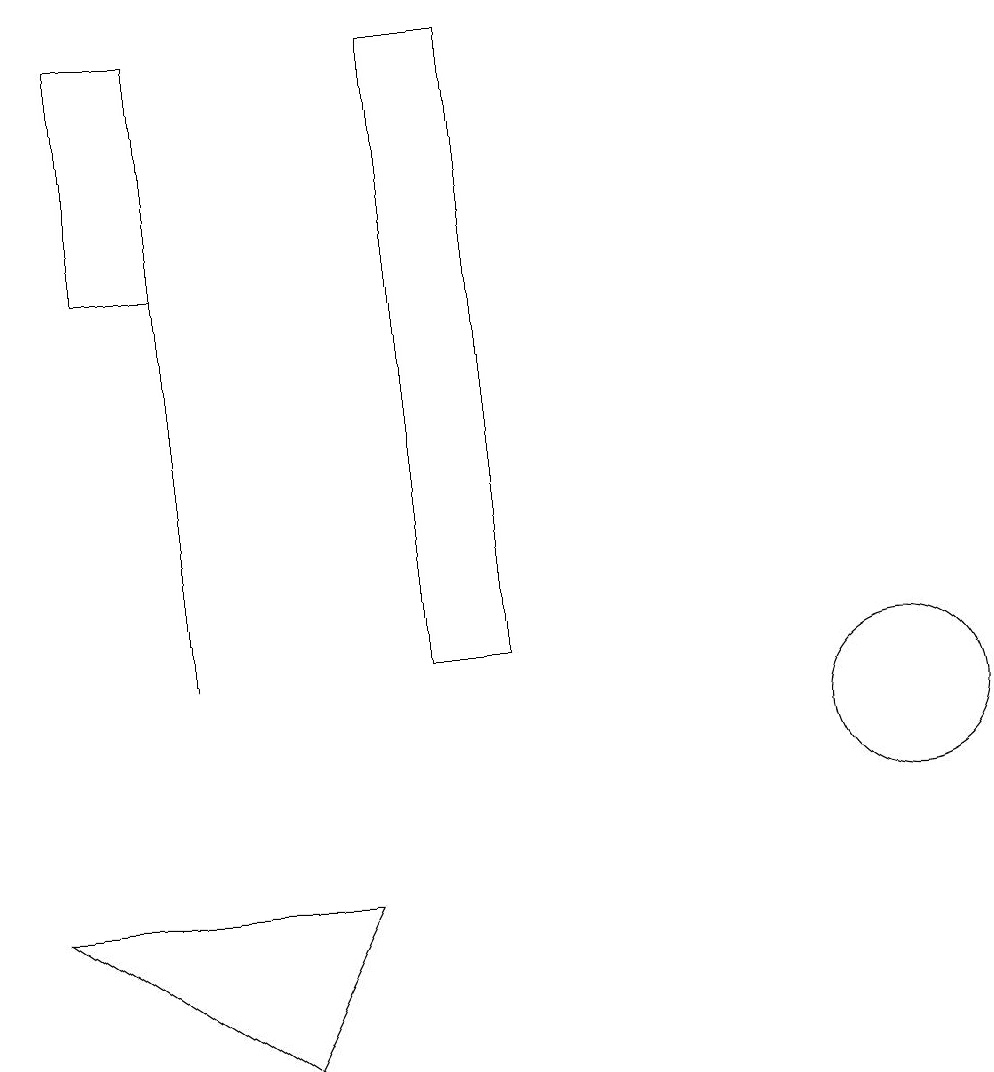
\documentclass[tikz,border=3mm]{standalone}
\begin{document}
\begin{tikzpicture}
\draw (5,8) -- (1,8) -- (4,6) -- cycle;
\draw (3,19) rectangle (2,16);
\draw (3,11) rectangle (3,16);
\draw (6,11) rectangle (7,19);
\draw (12,10) circle (1);
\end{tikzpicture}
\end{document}